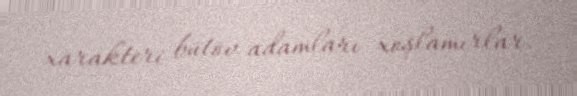
xarakteri bütöv adamları xoşlamırlar.